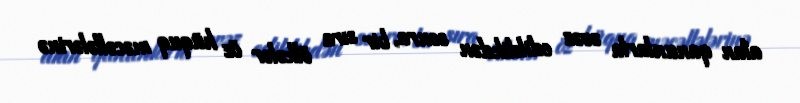
alan qanunlarla əvəz edildikdən sonra, bir sıra ölkələr öz hüquq məcəllələrinə